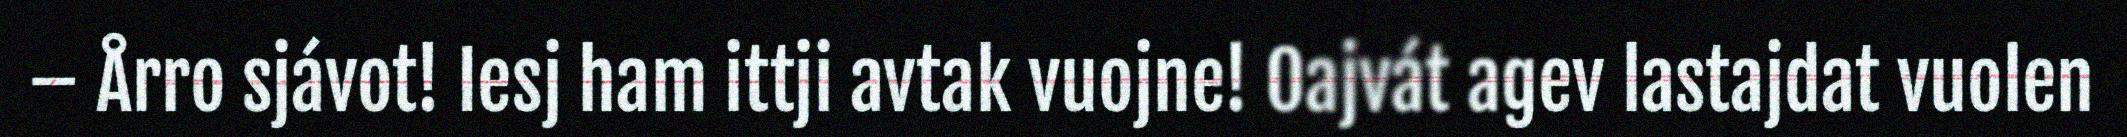
– Årro sjávot! Iesj ham ittji avtak vuojne! Oajvát agev lastajdat vuolen